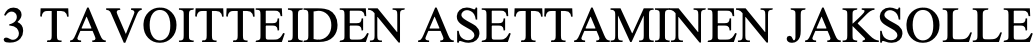
3 TAVOITTEIDEN ASETTAMINEN JAKSOLLE